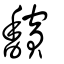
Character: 馪